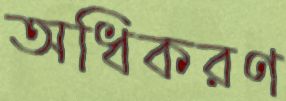
অধিকরণ